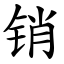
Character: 销